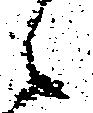
候